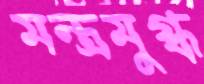
মন্ত্রমুগ্ধ